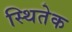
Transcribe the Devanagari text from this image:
स्थितेक